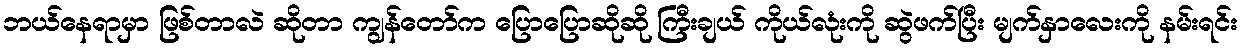
ဘယ်နေရာမှာ ဖြစ်တာလဲ ဆိုတာ ကျွန်တော်က ပြောပြောဆိုဆို ကြီးချယ် ကိုယ်လုံးကို ဆွဲဖက်ပြီး မျက်နှာလေးကို နမ်းရင်း